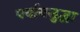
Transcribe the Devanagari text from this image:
पर्यायसुद्धा